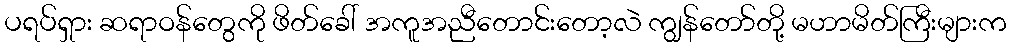
ပရပ်ရှား ဆရာဝန်တွေကို ဖိတ်ခေါ် အကူအညီတောင်းတော့လဲ ကျွန်တော်တို့ မဟာမိတ်ကြီးများက